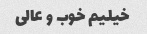
خیلیم خوب و عالی